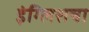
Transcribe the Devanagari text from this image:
इंग्लिशचा